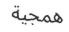
ھمجية